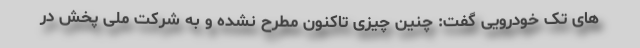
های تک خودرویی گفت: چنین چیزی تاکنون مطرح نشده و به شرکت ملی پخش در